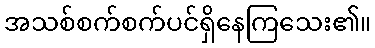
အသစ်စက်စက်ပင်ရှိနေကြသေး၏။